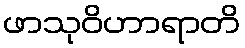
ဖာသုဝိဟာရာတိ